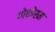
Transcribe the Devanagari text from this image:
गोथोरम